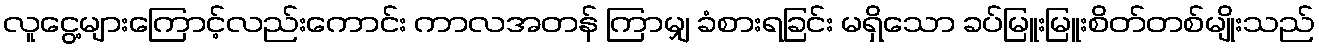
လူငွေ့များကြောင့်လည်းကောင်း ကာလအတန် ကြာမျှ ခံစားရခြင်း မရှိသော ခပ်မြူးမြူးစိတ်တစ်မျိုးသည်